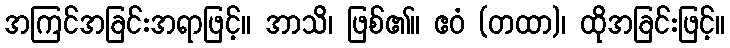
အကြင်အခြင်းအရာဖြင့်။ အာသိ၊ ဖြစ်၏။ ဧဝံ (တထာ)၊ ထိုအခြင်းဖြင့်။